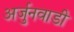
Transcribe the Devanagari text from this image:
अर्जुनवाडी